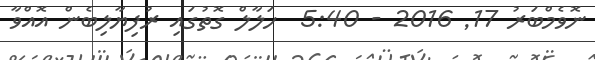
ނޮވެމްބަރު 17